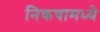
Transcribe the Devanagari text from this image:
निकषामध्ये